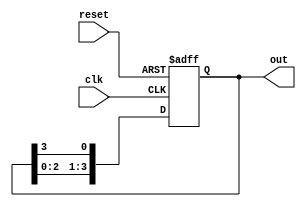
module ring_counter (
    input wire clk,        // Clock signal
    input wire reset,      // Asynchronous reset signal
    output reg [3:0] out   // 4-bit output representing the current state
);

// State transition logic
always @(posedge clk or posedge reset) begin
    if (reset) begin
        // Initialize the counter to the first state (0001)
        out <= 4'b0001;
    end else begin
        // Rotate the '1' through the flip-flops
        out <= {out[2:0], out[3]}; // Shift left and wrap around
    end
end

endmodule